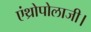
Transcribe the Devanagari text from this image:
एंथ्रोपोलाजी।